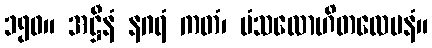
၁၅၀။ အဋ္ဌီနံ နဂရံ ကတံ၊ မံသလောဟိတလေပနံ။